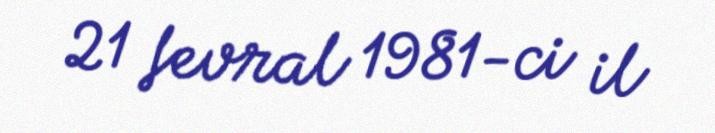
21 fevral 1981-ci il